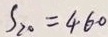
S _ { 2 0 } = 4 6 0